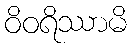
ဝိဝရိဿာမိ